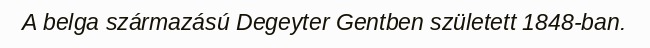
A belga származású Degeyter Gentben született 1848-ban.